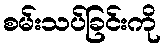
စမ်းသပ်ခြင်းကို